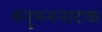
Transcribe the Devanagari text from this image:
हनुमननाटक